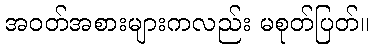
အဝတ်အစားများကလည်း မစုတ်ပြတ်။